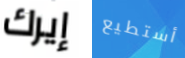
إيرك أستطيع